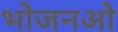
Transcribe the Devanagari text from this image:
भोजनओ